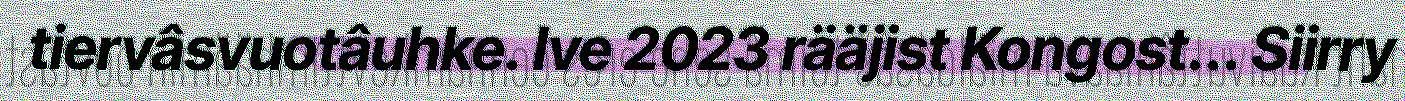
tiervâsvuotâuhke. Ive 2023 rääjist Kongost... Siirry